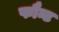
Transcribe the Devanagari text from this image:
फौन्ट